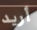
أريد